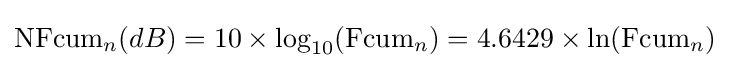
\mathrm {NFcum} _{n}(dB)=10\times \log _{10}(\mathrm {Fcum} _{n})=4.6429\times \ln(\mathrm {Fcum} _{n})